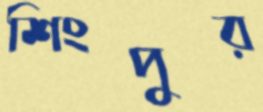
শিংপুর